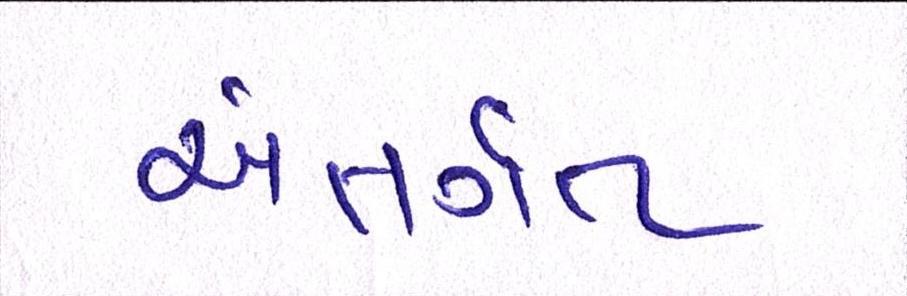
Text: અંતગૅત